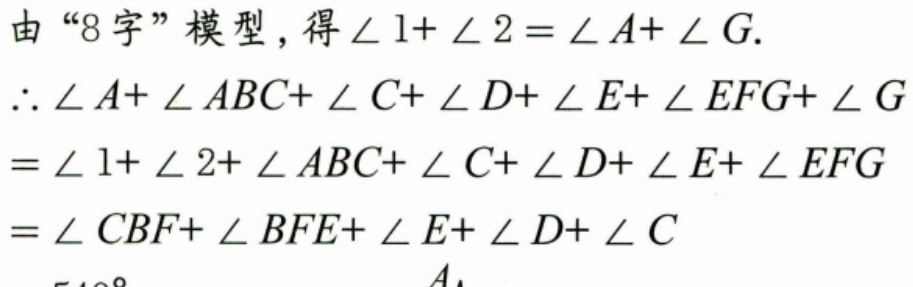
由“8字”模型，得\(\angle 1+\angle 2=\angle A+\angle G\).
\(\therefore \angle A+\angle ABC+\angle C+\angle D+\angle E+\angle EFG+\angle G\)
\(=\angle 1+\angle 2+\angle ABC+\angle C+\angle D+\angle E+\angle EFG\)
\(=\angle CBF+\angle BFE+\angle E+\angle D+\angle C\)
\( = 540^{\circ}\)